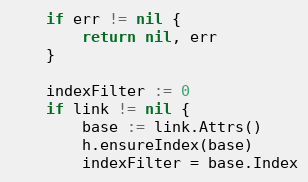
Language: Go
	if err != nil {
		return nil, err
	}

	indexFilter := 0
	if link != nil {
		base := link.Attrs()
		h.ensureIndex(base)
		indexFilter = base.Index